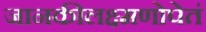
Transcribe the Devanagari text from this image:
जानकीलक्ष्मणोपेतं